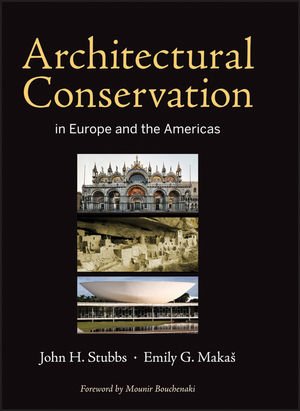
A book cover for Architectural Conservation in Europe and the Americas; John H. Stubbs; Arts & Photography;